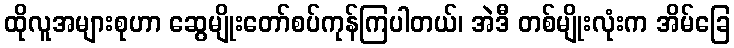
ထိုလူအများစုဟာ ဆွေမျိုးတော်စပ်ကုန်ကြပါတယ်၊ အဲဒီ တစ်မျိုးလုံးက အိမ်ခြေ